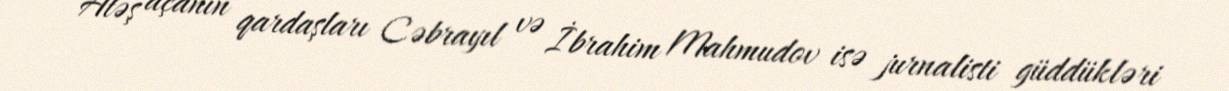
Atəş açanın qardaşları Cəbrayıl və İbrahim Mahmudov isə jurnalisti güddükləri